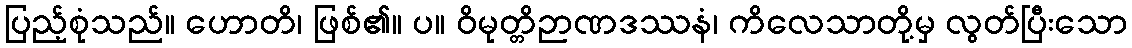
ပြည့်စုံသည်။ ဟောတိ၊ ဖြစ်၏။ ပ။ ဝိမုတ္တိဉာဏဒဿနံ၊ ကိလေသာတို့မှ လွတ်ပြီးသော